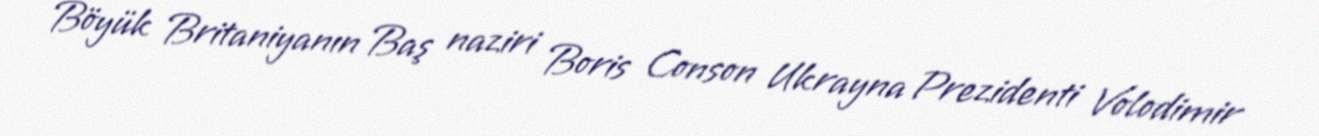
Böyük Britaniyanın Baş naziri Boris Conson Ukrayna Prezidenti Volodimir